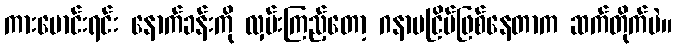
ကားမောင်းရင်း နောက်ခန်းကို လှမ်းကြည့်တော့ ဂနာမငြိမ်ဖြစ်နေတာက ဆက်တိုက်ပဲ။